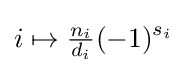
i\mapsto {\tfrac {n_{i}}{d_{i}}}(-1)^{s_{i}}